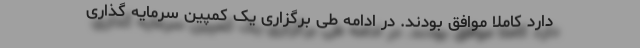
دارد کاملا موافق بودند. در ادامه طی برگزاری یک کمپین سرمایه گذاری